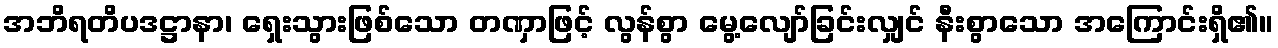
အဘိရတိပဒဋ္ဌာနာ၊ ရှေးသွားဖြစ်သော တဏှာဖြင့် လွန်စွာ မွေ့လျော်ခြင်းလျှင် နီးစွာသော အကြောင်းရှိ၏။